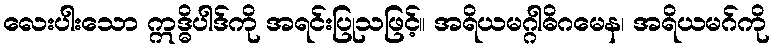
လေးပါးသော ဣဒ္ဓိပါဒ်ကို အရင်းပြုသဖြင့်။ အရိယမဂ္ဂါဓိဂမေန၊ အရိယမဂ်ကို